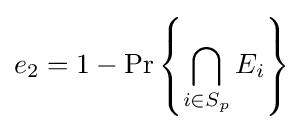
e_{2}=1-\Pr \left\{\bigcap _{i\in S_{p}}E_{i}\right\}